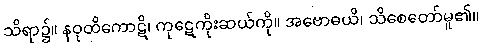
သိရာ၌။ နဝုတိကောဋိ၊ ကုဋေကိုးဆယ်ကို။ အဗောဓယိ၊ သိစေတော်မူ၏။